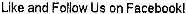
LIKE AND FOLLOW US ON FACEBOOK!